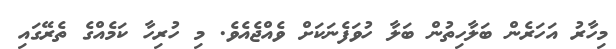
މިހާރު އަހަރެން ބަލާހިތުން ބަލާ ހުވަފެނަކަށް ވެއްޖެއެވެ. މި ހުރިހާ ކަމެއްގެ ތެރޭގައި